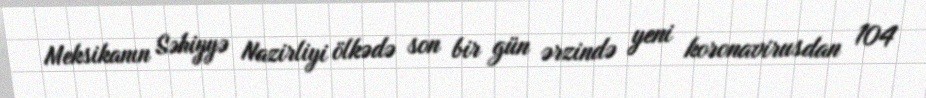
Meksikanın Səhiyyə Nazirliyi ölkədə son bir gün ərzində yeni koronavirusdan 104